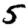
Digit: 5